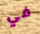
في